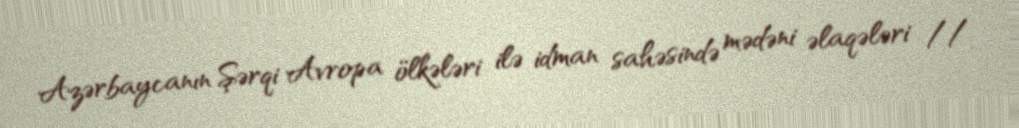
Azərbaycanın Şərqi Avropa ölkələri ilə idman sahəsində mədəni əlaqələri //